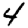
Digit: 4